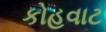
કોહવાટ